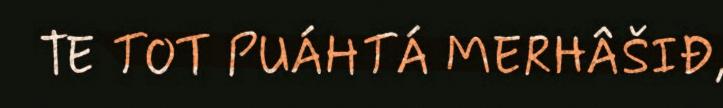
TE TOT PUÁHTÁ MERHÂŠIĐ,